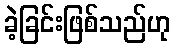
ခဲ့ခြင်းဖြစ်သည်ဟု